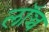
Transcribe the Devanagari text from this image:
लॉञ्च